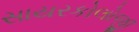
સાયરકોલોજી